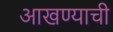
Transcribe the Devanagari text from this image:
आखण्याची